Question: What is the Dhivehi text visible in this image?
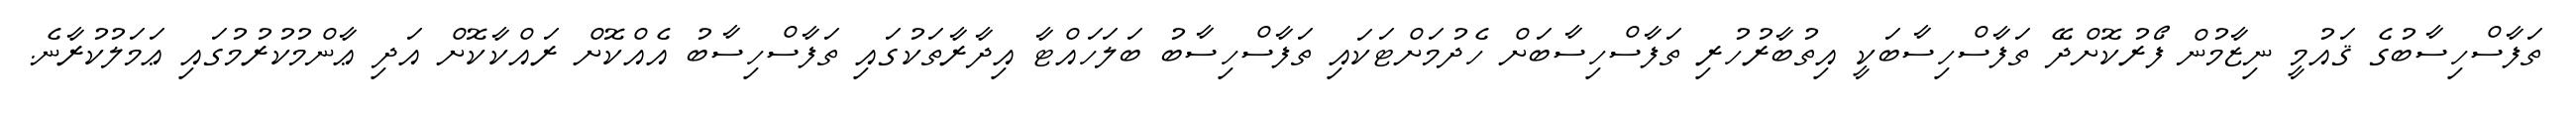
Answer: ތަފާސްހިސާބުގެ ޤައުމީ ނިޒާމުން ފޯރުކޮށްދޭ ތަފާސްހިސާބަކީ އިތުބާރުހުރި ތަފާސްހިސާބަށް ހެދުމަށްޓަކައި ތަފާސްހިސާބު ބަލަހައްޓާ އިދާރާތަކުގައި ތަފާސްހިސާބު އެއްކޮށް ރައްކާކޮށް އަދި ޢާންމުކުރުމުގައި ޢަމަލުކުރާނެ.